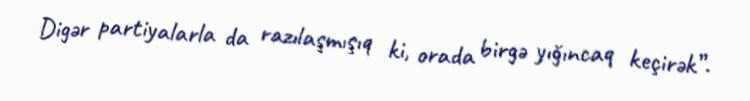
Digər partiyalarla da razılaşmışıq ki, orada birgə yığıncaq keçirək”.